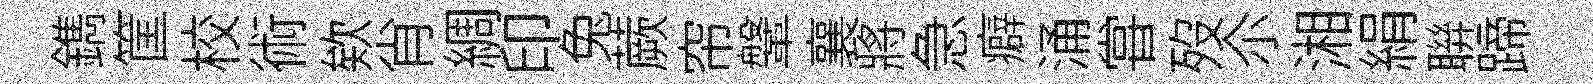
鐫筐校術欸肖綢印兔蕨帘鞶襄將急癖涌甞歿尒湘絹聨蹄